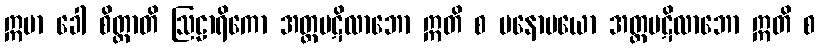
ဣမာ ခေါ စိတ္တာတိ ဩဠာရိကော အတ္တပဋိလာဘော ဣတိ စ မနောမယော အတ္တပဋိလာဘော ဣတိ စ